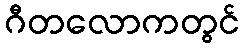
ဂီတလောကတွင်